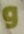
و